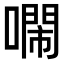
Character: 𠿷